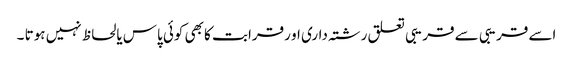
اسے قریبی سے قریبی تعلق رشتہ داری او رقرابت کا بھی کوئی پاس یالحاظ نہیں ہوتا ۔